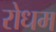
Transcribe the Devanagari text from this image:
रोधम